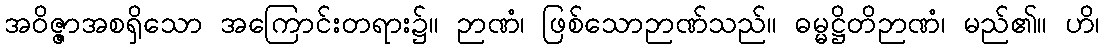
အဝိဇ္ဇာအစရှိသော အကြောင်းတရား၌။ ဉာဏံ၊ ဖြစ်သောဉာဏ်သည်။ ဓမ္မဋ္ဌိတိဉာဏံ၊ မည်၏။ ဟိ၊